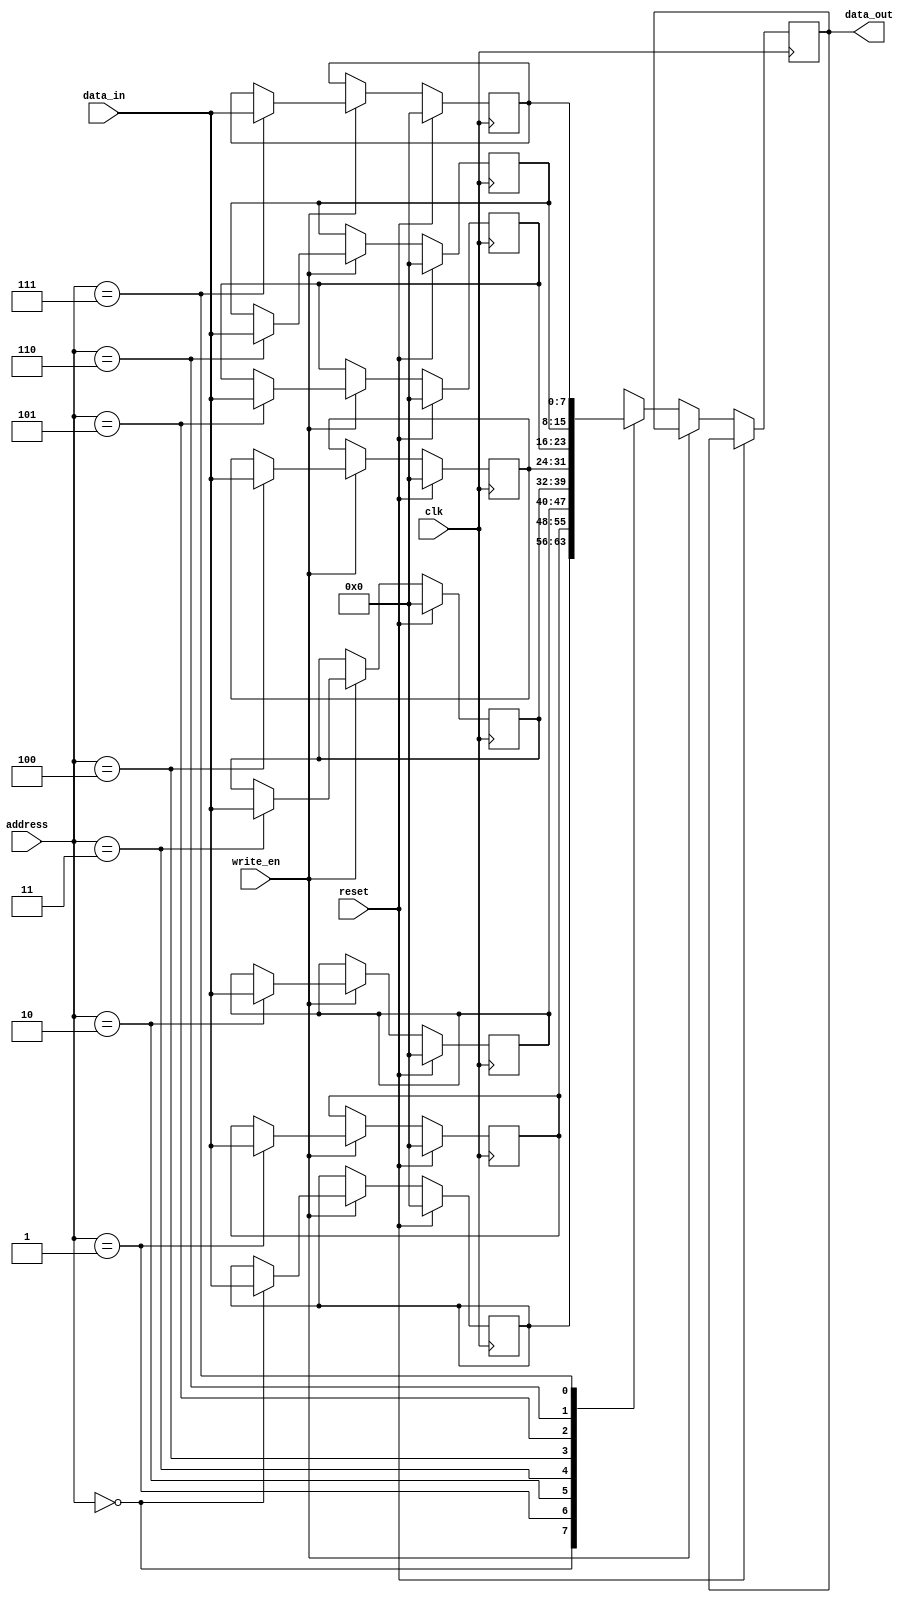
`timescale 1ns / 1ps
//////////////////////////////////////////////////////////////////////////////////
// Company: 
// Engineer: 
// 
// Design Name: 
// Module Name: ram
// Project Name: 
// Target Devices: 
// Tool Versions: 
// Description: 
// 
// Dependencies: 
// 
// Revision:
// Revision 0.01 - File Created
// Additional Comments:
// 
//////////////////////////////////////////////////////////////////////////////////


module ram(
    input wire clk,
    input wire reset,
    input wire [2:0] address,
    input wire write_en,
    input wire [7:0] data_in,
    output reg [7:0] data_out
    );
    
    reg [7:0] mem [0:7];
    
    always @ (posedge clk) begin
        if (reset) begin
            mem[0] = 0;
            mem[1] = 0;
            mem[2] = 0;
            mem[3] = 0;
            mem[4] = 0;
            mem[5] = 0;
            mem[6] = 0;
            mem[7] = 0;
       end
       else begin
        if(write_en)
            mem[address] <=data_in;
        else
            data_out = mem[address];
       end
   end
endmodule